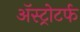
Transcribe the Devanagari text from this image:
ॲस्ट्रोटर्फ